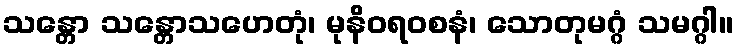
သန္တော သန္တောသဟေတုံ၊ မုနိဝရ၀စနံ၊ သောတုမဂ္ဂံ သမဂ္ဂါ။